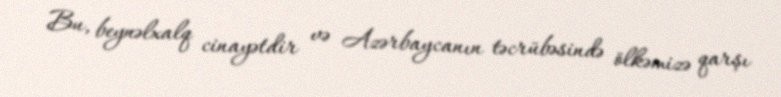
Bu, beynəlxalq cinayətdir və Azərbaycanın təcrübəsində ölkəmizə qarşı